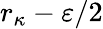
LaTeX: r_{\kappa}-\varepsilon/2